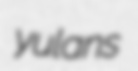
yulans